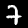
Label: 7